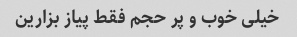
خیلی خوب و پر حجم فقط پیاز بزارین